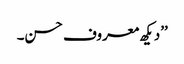
’’دیکھ معروف حسن۔